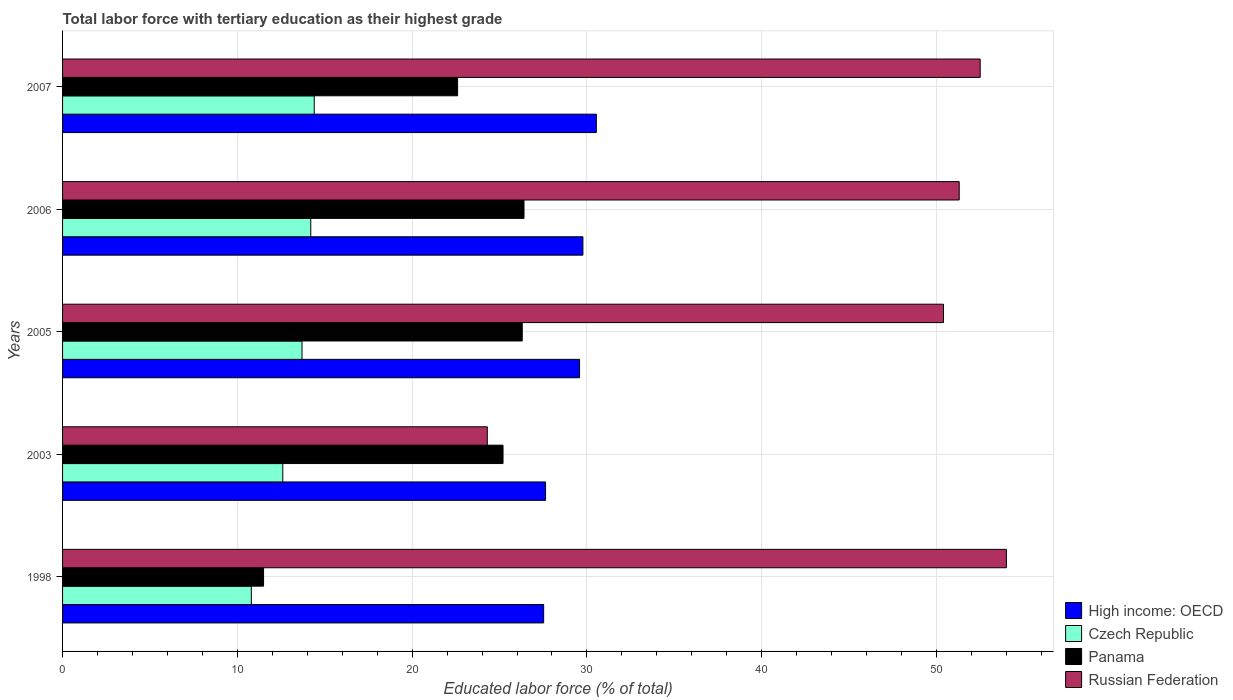
| Years | High income: OECD | Czech Republic | Panama | Russian Federation |
 | --- | --- | --- | --- | --- |
 | 1998 | 27.5 | 10.8 | 11.5 | 54 |
 | 2003 | 27.6 | 12.6 | 25.2 | 24.3 |
 | 2005 | 29.6 | 13.7 | 26.3 | 50.4 |
 | 2006 | 29.8 | 14.2 | 26.4 | 51.3 |
 | 2007 | 30.5 | 14.4 | 22.6 | 52.5 |